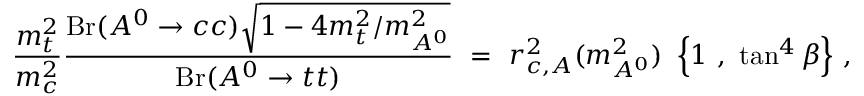
{ \frac { m _ { t } ^ { 2 } } { m _ { c } ^ { 2 } } } { \frac { \mathrm { B r } ( A ^ { 0 } \to c c ) \sqrt { 1 - 4 m _ { t } ^ { 2 } / m _ { A ^ { 0 } } ^ { 2 } } } { \mathrm { B r } ( A ^ { 0 } \to t t ) } } \ = \ r _ { c , A } ^ { 2 } ( m _ { A ^ { 0 } } ^ { 2 } ) ~ \left\{ 1 ~ , ~ \tan ^ { 4 } \beta \right\} \, ,